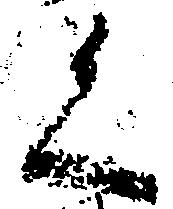
く